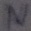
Text: N